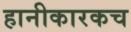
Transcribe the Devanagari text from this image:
हानीकारकच